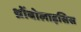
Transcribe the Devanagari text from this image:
थ्रोंबोलाइसिस